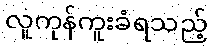
လူကုန်ကူးခံရသည့်